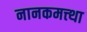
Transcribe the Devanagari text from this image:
नानकमत्त्था